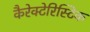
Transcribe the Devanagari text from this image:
कैरेक्टेरिस्टिक